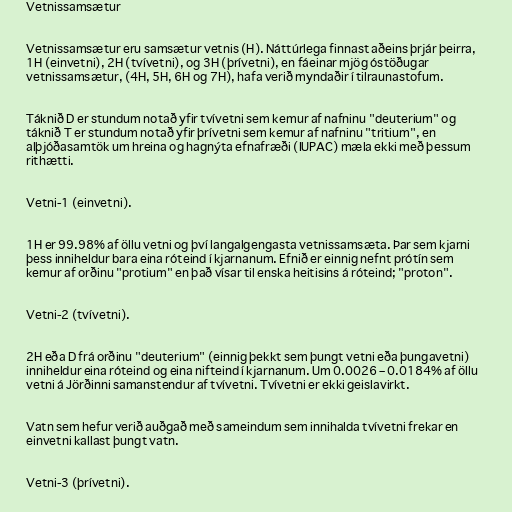
Vetnissamsætur

Vetnissamsætur eru samsætur vetnis (H). Náttúrlega finnast aðeins þrjár þeirra,
1H (einvetni), 2H (tvívetni), og 3H (þrívetni), en fáeinar mjög óstöðugar
vetnissamsætur, (4H, 5H, 6H og 7H), hafa verið myndaðir í tilraunastofum.

Táknið D er stundum notað yfir tvívetni sem kemur af nafninu "deuterium" og
táknið T er stundum notað yfir þrívetni sem kemur af nafninu "tritium", en
alþjóðasamtök um hreina og hagnýta efnafræði (IUPAC) mæla ekki með þessum
rithætti.

Vetni-1 (einvetni).

1H er 99.98% af öllu vetni og því langalgengasta vetnissamsæta. Þar sem kjarni
þess inniheldur bara eina róteind í kjarnanum. Efnið er einnig nefnt prótín sem
kemur af orðinu "protium" en það vísar til enska heitisins á róteind; "proton".

Vetni-2 (tvívetni).

2H eða D frá orðinu "deuterium" (einnig þekkt sem þungt vetni eða þungavetni)
inniheldur eina róteind og eina nifteind í kjarnanum. Um 0.0026 – 0.0184% af öllu
vetni á Jörðinni samanstendur af tvívetni. Tvívetni er ekki geislavirkt.

Vatn sem hefur verið auðgað með sameindum sem innihalda tvívetni frekar en
einvetni kallast þungt vatn.

Vetni-3 (þrívetni).